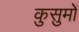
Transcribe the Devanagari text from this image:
कुसुमों